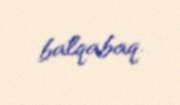
balqabaq.